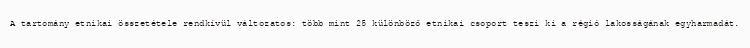
A tartomány etnikai összetétele rendkívül változatos: több mint 25 különböző etnikai csoport teszi ki a régió lakosságának egyharmadát.